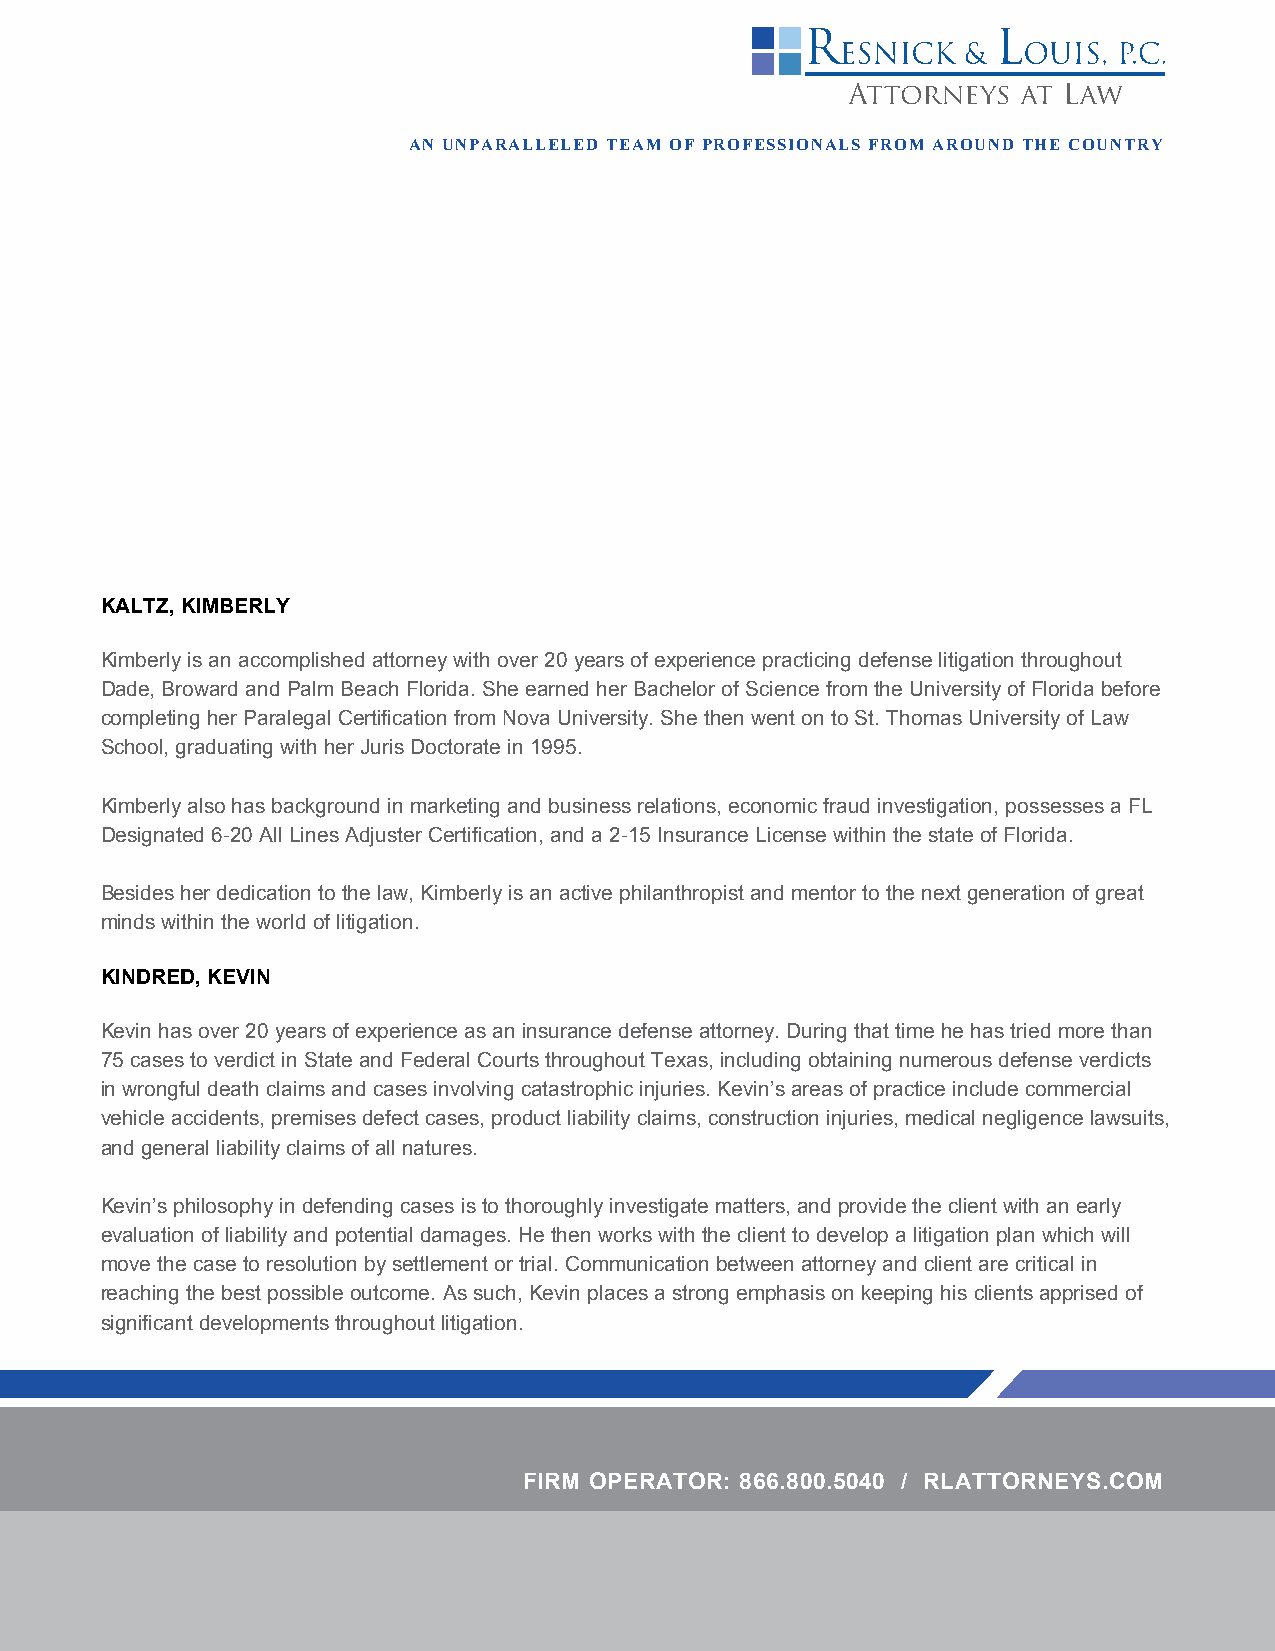
AN UNPARALLELED TEAM OF PROFESSIONALS FROM AROUND THE COUNTRY
 KALTZ, KIMBERLY
 Kimberly is an accomplished attorney with over 20 years of experience practicing defense litigation throughout
 Dade, Broward and Palm Beach Florida. She earned her Bachelor of Science from the University of Florida before
 completing her Paralegal Certification from Nova University. She then went on to St. Thomas University of Law
 School, graduating with her Juris Doctorate in 1995.
 Kimberly also has background in marketing and business relations, economic fraud investigation, possesses a FL
 Designated 6-20 All Lines Adjuster Certification, and a 2-15 Insurance License within the state of Florida.
 Besides her dedication to the law, Kimberly is an active philanthropist and mentor to the next generation of great
 minds within the world of litigation.
 KINDRED, KEVIN
 Kevin has over 20 years of experience as an insurance defense attorney. During that time he has tried more than
 75 cases to verdict in State and Federal Courts throughout Texas, including obtaining numerous defense verdicts
 in wrongful death claims and cases involving catastrophic injuries. Kevin’s areas of practice include commercial
 vehicle accidents, premises defect cases, product liability claims, construction injuries, medical negligence lawsuits,
 and general liability claims of all natures.
 Kevin’s philosophy in defending cases is to thoroughly investigate matters, and provide the client with an early
 evaluation of liability and potential damages. He then works with the client to develop a litigation plan which will
 move the case to resolution by settlement or trial. Communication between attorney and client are critical in
 reaching the best possible outcome. As such, Kevin places a strong emphasis on keeping his clients apprised of
 significant developments throughout litigation.
 FIRM OPERATOR: 866.800.5040 / RLATTORNEYS.COM